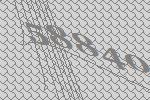
58840